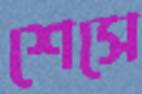
শেসে